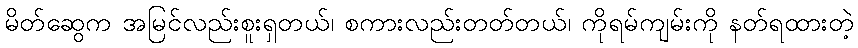
မိတ်ဆွေက အမြင်လည်းစူးရှတယ်၊ စကားလည်းတတ်တယ်၊ ကိုရမ်ကျမ်းကို နတ်ရထားတဲ့